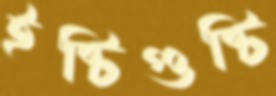
ইষ্টিগুষ্টি